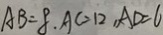
A B = 8 . A C = 1 2 , A D = 6